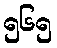
၅၆၅